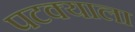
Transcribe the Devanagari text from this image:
पटक्याला